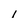
Character: l